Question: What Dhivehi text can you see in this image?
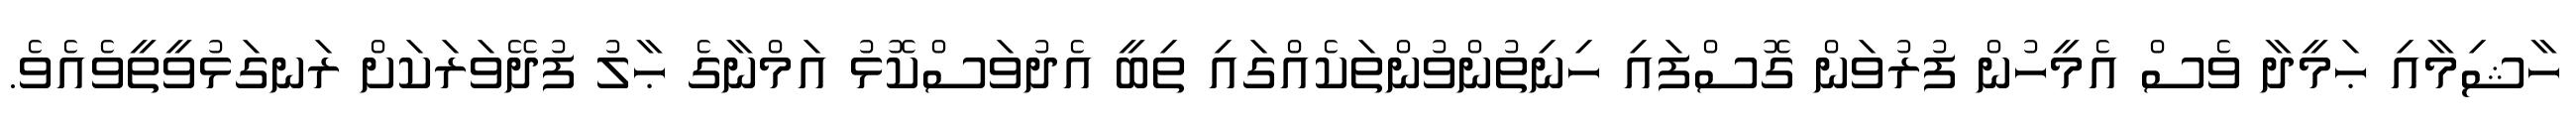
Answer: ހާޝިމާއި ޙަމީދާ ވެސް އެމީހުން ފުރުވަން ގޮސްފައި ހިނިތުންވުންތަކެއްގައި ތިބީ އެދުވަސްކޮޅު އަމްނާގެ ޙާލު ފުދޭވަރަކަށް ރަނގަޅުވީތީވެއެވެ.